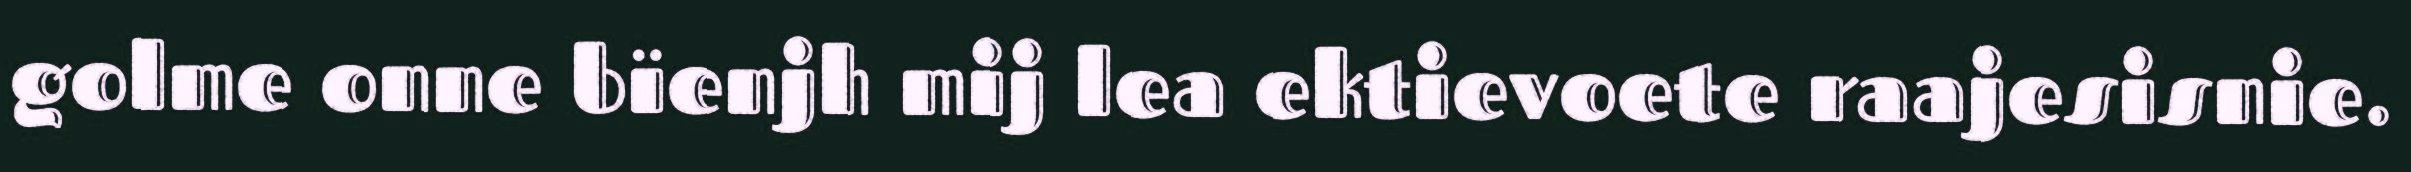
golme onne bïenjh mij lea ektievoete raajesisnie.